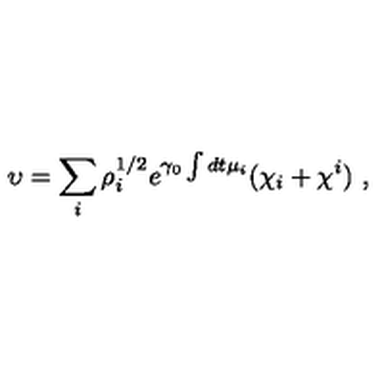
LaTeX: \upsilon = \sum _ { i } \rho _ { i } ^ { 1 / 2 } e ^ { \gamma _ { 0 } \int d t \mu _ { i } } ( \chi _ { i } + \chi ^ { i } ) \ ,